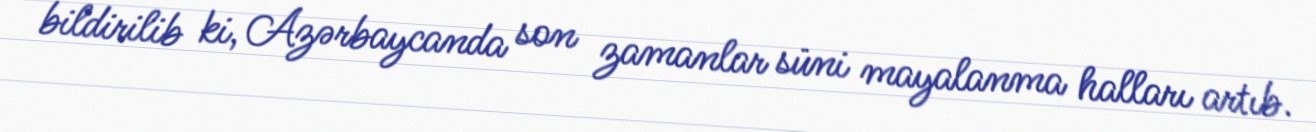
bildirilib ki, Azərbaycanda son zamanlar süni mayalanma halları artıb.